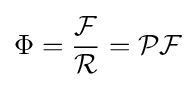
\Phi ={\frac {\mathcal {F}}{\mathcal {R}}}={\mathcal {P}}{\mathcal {F}}